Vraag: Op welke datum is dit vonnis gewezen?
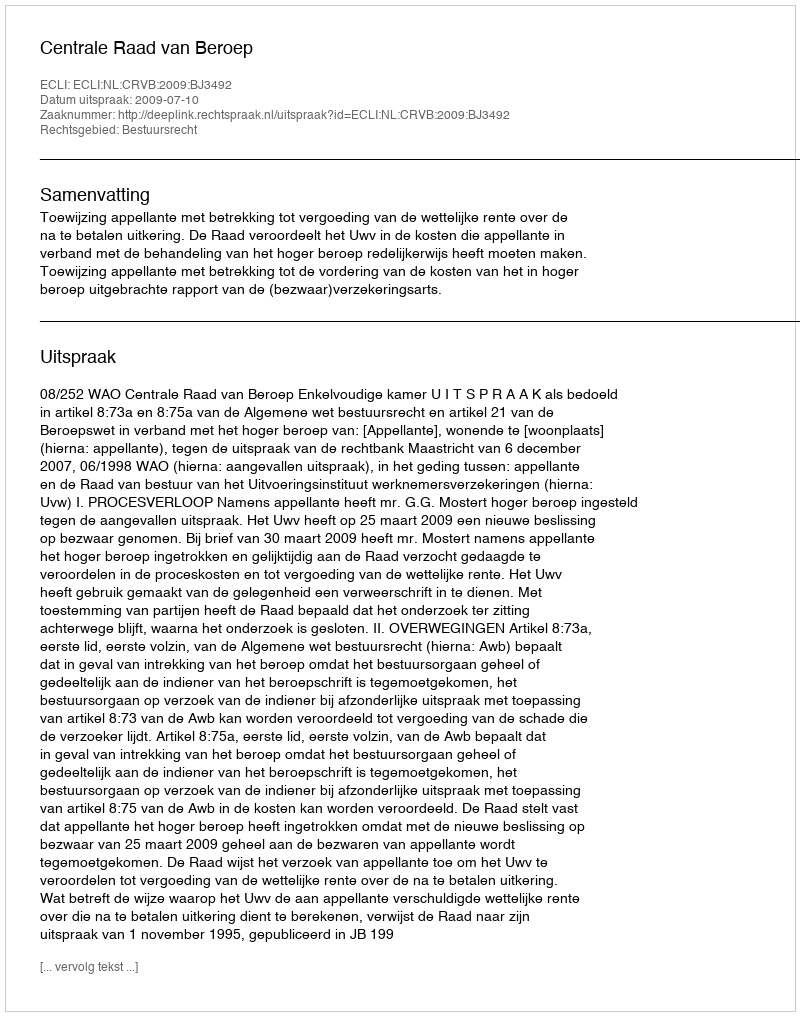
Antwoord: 2009-07-10